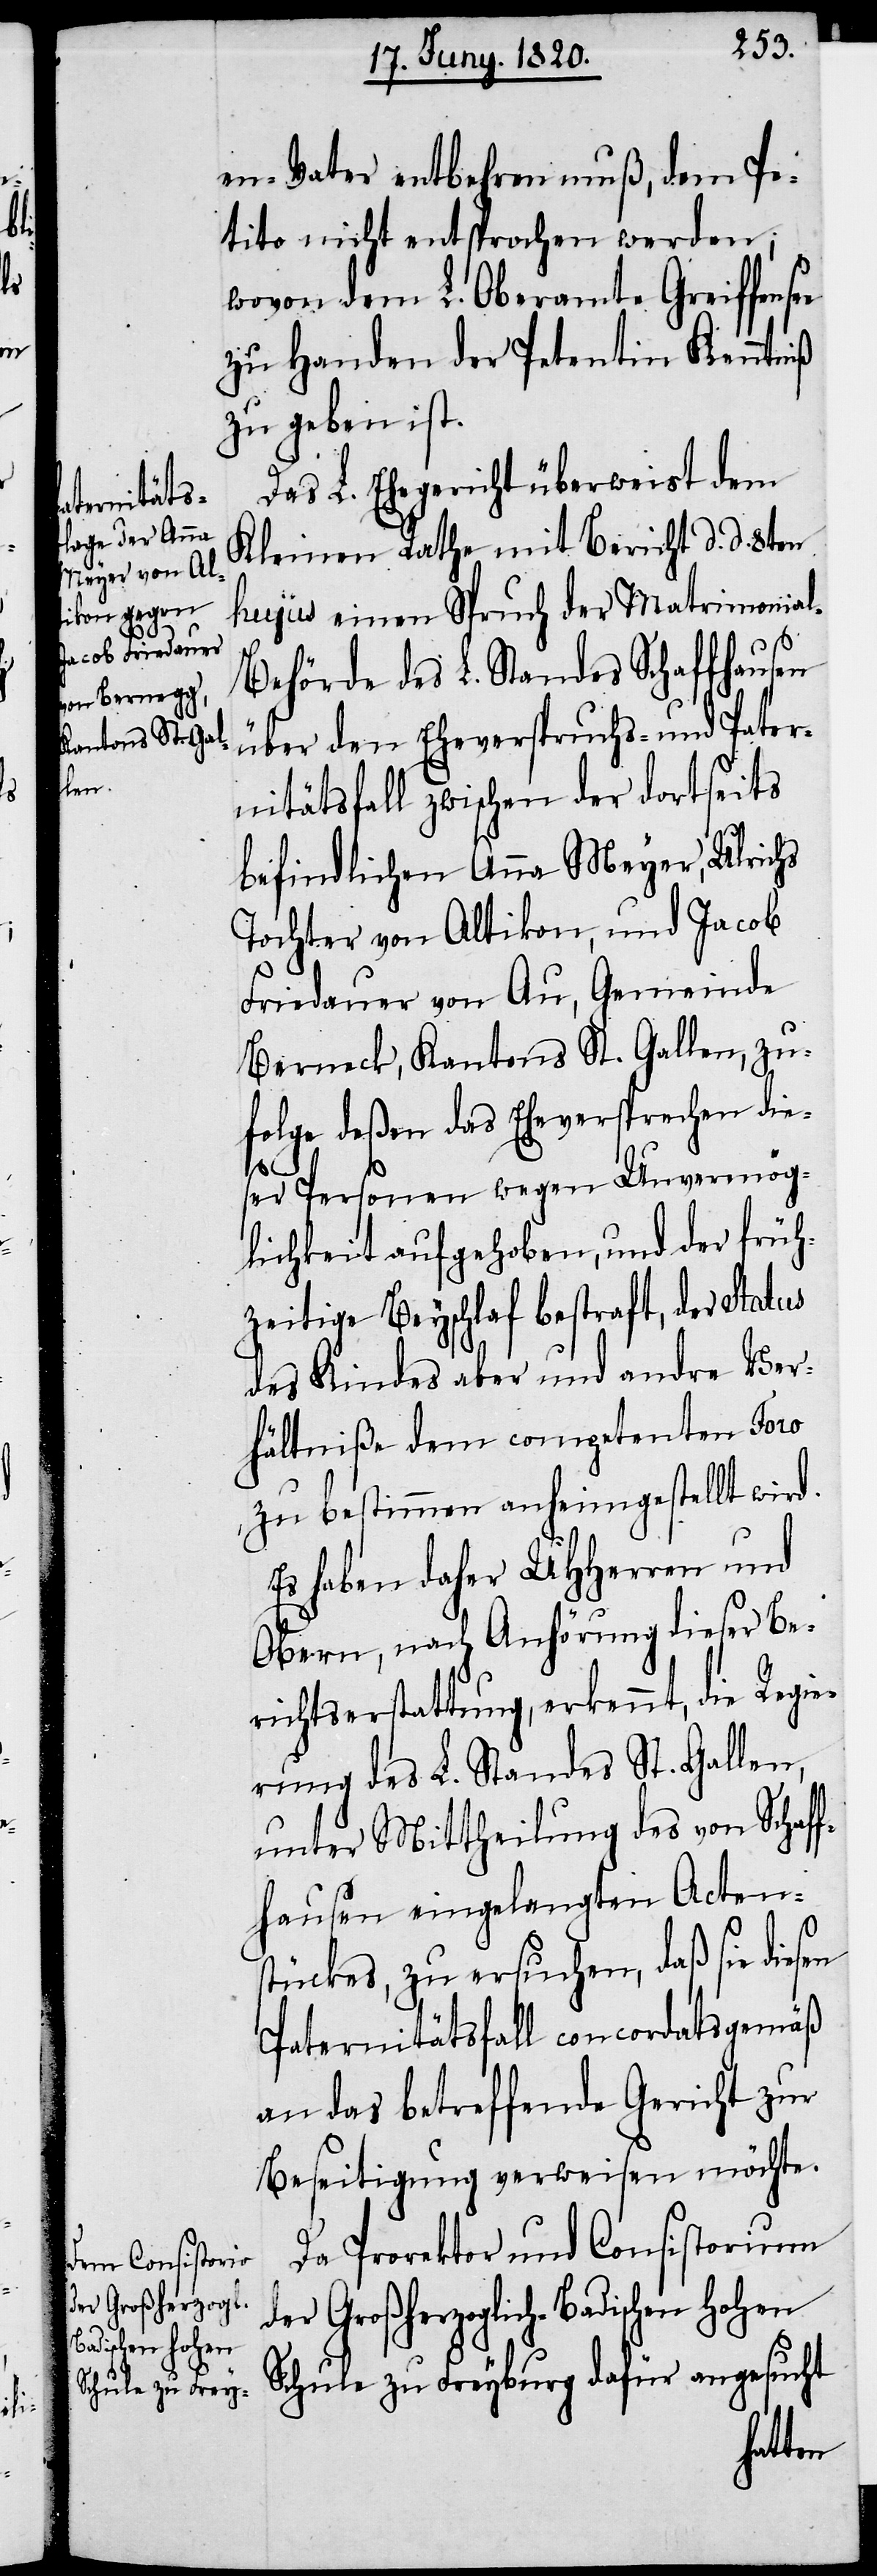
Kantons St. Gal¬
len,

en-Vater entbehren muß, dem Pe¬
titio nicht entsprochen werden;
zu Handen der Petentin Kenntniß
zu geben ist.
Das L. Ehegericht überweist dem
Kleinen Rathe mit Bericht d. d. 8ten
hujus einen Spruch der Matrimonia¬
l-Behörde des L. Standes Schaffhausen
über den Eheverspruchs- und Pater¬
nitätsfall zwischen der dortseits
befindlichen Anna Meyer, Ullric¬
Tochter von Altikon, und Jacob
Freidauer von Au, Gemeinde
folge deßen das Eheversprechen die¬
zu¬
ser Personen wegen Unvermög¬
lichkeit aufgehoben, und der früh¬
zeitige Beyschlaf bestraft, der Status
des Kindes aber und andre Ver¬
hältniße dem competenten Foro
zu bestimmen anheimgestellt wird.
Es haben daher UHherren und
Obern, nach Anhörung dieser Be¬
richtserstattung, erkennt, die Regie¬
rung des L. Standes St. Gallen,
unter Mittheilung des von Schaff¬
hausen eingelangten Actens¬
tücke, zu ersuchen, daß sie diesen
Paternitätsfall concordatsgemäß
an das betreffende Gericht zur
Beseitigung verweisen möchte.
Da Prorektor und Consistorium
der Großherzoglich-Badischen hohen
Schule zu Freyburg dafür angesucht